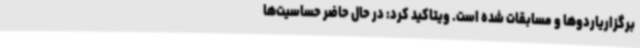
برگزاریاردوها و مسابقات شده است. ویتاکید کرد: در حال حاضر حساسیت‌ها